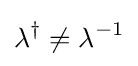
\lambda ^{\dagger }\neq \lambda ^{-1}